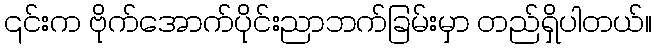
၎င်းက ဗိုက်အောက်ပိုင်းညာဘက်ခြမ်းမှာ တည်ရှိပါတယ်။